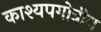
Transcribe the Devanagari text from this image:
काश्यपगोत्रीय